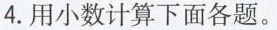
4.用小数计算下面各题。